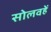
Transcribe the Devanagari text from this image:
सोलवहें